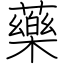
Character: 藥